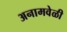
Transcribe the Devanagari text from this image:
अनामवेळी